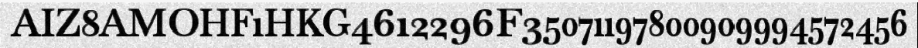
AIZ8AMOHF1HKG4612296F35071197800909994572456